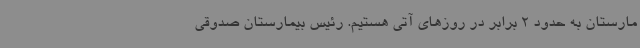
مارستان به حدود 2 برابر در روزهای آتی هستیم. رئیس بیمارستان صدوقی